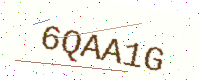
Text: 6QAA1G